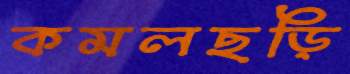
কমলছড়ি